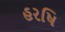
હરષિ